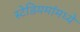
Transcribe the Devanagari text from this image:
स्टेडियमांमध्ये